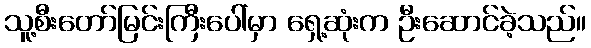
သူ့စီးတော်မြင်းကြီးပေါ်မှာ ရှေ့ဆုံးက ဦးဆောင်ခဲ့သည်။